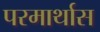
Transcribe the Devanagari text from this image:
परमार्थास